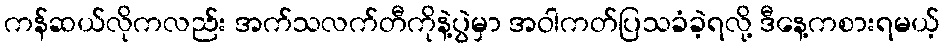
ကန်ဆယ်လိုကလည်း အက်သလက်တီကိုနဲ့ပွဲမှာ အဝါကတ်ပြသခံခဲ့ရလို့ ဒီနေ့ကစားရမယ့်